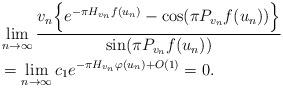
LaTeX: \begin{align*}&\lim_{n\rightarrow \infty}\frac{v_n\Big\{e^{-\pi H_{v_n}f(u_n)}-\cos(\pi P_{v_n} f(u_n))\Big\}}{\sin(\pi P_{v_n} f(u_n))}\\&=\lim_{n\rightarrow \infty}c_1e^{-\pi H_{v_n}\varphi(u_n)+O(1)}=0.\end{align*}